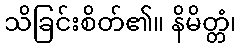
သိခြင်းစိတ်၏။ နိမိတ္တံ၊